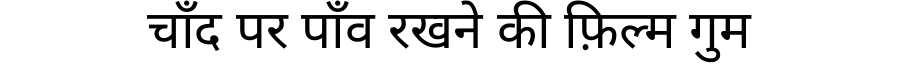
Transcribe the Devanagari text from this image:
चाँद पर पाँव रखने की फ़िल्म गुम